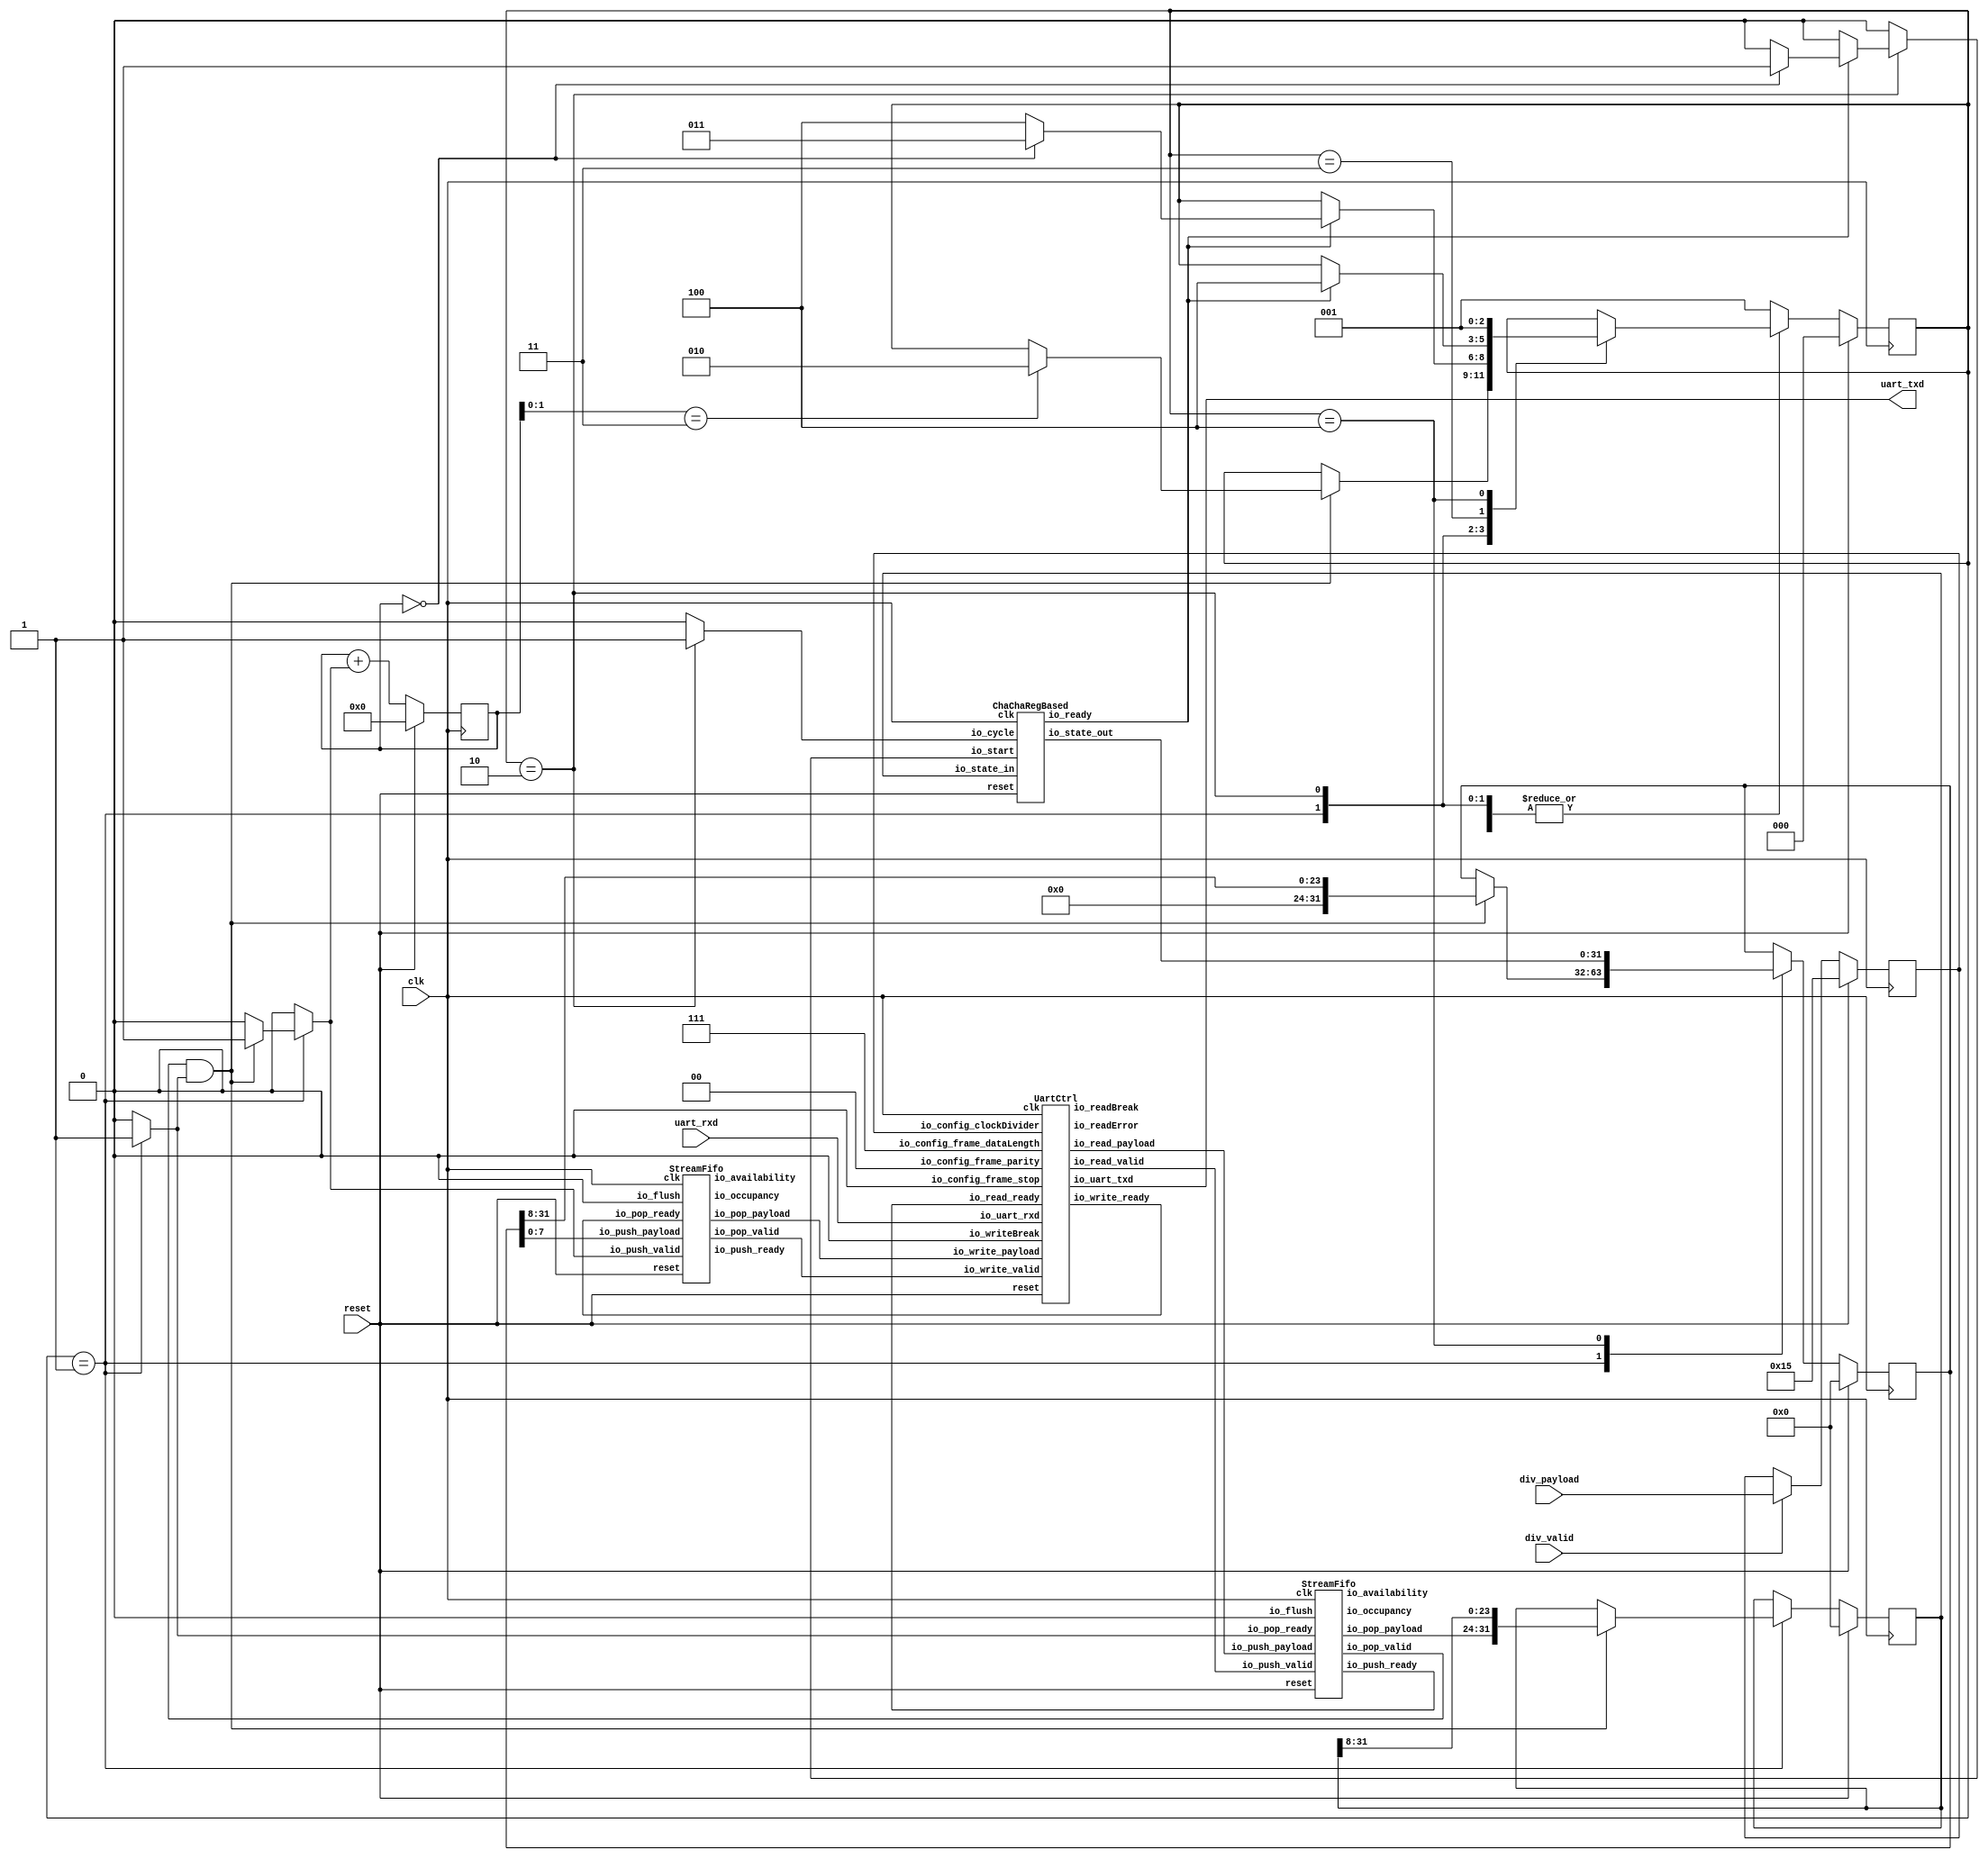
// Generator : SpinalHDL v1.4.3    git head : adf552d8f500e7419fff395b7049228e4bc5de26
// Component : chacha_uart_accel
// Git hash  : 2eef5afe634a7f554a1e7752fb1e4e793ca928e0

`timescale 1ns/1ps 
`define UartStopType_defaultEncoding_type [0:0]
`define UartStopType_defaultEncoding_ONE 1'b0
`define UartStopType_defaultEncoding_TWO 1'b1

`define UartParityType_defaultEncoding_type [1:0]
`define UartParityType_defaultEncoding_NONE 2'b00
`define UartParityType_defaultEncoding_EVEN 2'b01
`define UartParityType_defaultEncoding_ODD 2'b10

`define fsm_enumDefinition_defaultEncoding_type [2:0]
`define fsm_enumDefinition_defaultEncoding_fsm_BOOT 3'b000
`define fsm_enumDefinition_defaultEncoding_fsm_IO 3'b001
`define fsm_enumDefinition_defaultEncoding_fsm_CYCLE 3'b010
`define fsm_enumDefinition_defaultEncoding_fsm_PERMUTE 3'b011
`define fsm_enumDefinition_defaultEncoding_fsm_UPDATE 3'b100

`define fsm_enumDefinition_1_defaultEncoding_type [2:0]
`define fsm_enumDefinition_1_defaultEncoding_fsm_BOOT 3'b000
`define fsm_enumDefinition_1_defaultEncoding_fsm_CYCLE 3'b001
`define fsm_enumDefinition_1_defaultEncoding_fsm_PERMUTE 3'b010
`define fsm_enumDefinition_1_defaultEncoding_fsm_TOODD 3'b011
`define fsm_enumDefinition_1_defaultEncoding_fsm_TOEVEN 3'b100

`define UartCtrlTxState_defaultEncoding_type [2:0]
`define UartCtrlTxState_defaultEncoding_IDLE 3'b000
`define UartCtrlTxState_defaultEncoding_START 3'b001
`define UartCtrlTxState_defaultEncoding_DATA 3'b010
`define UartCtrlTxState_defaultEncoding_PARITY 3'b011
`define UartCtrlTxState_defaultEncoding_STOP 3'b100

`define UartCtrlRxState_defaultEncoding_type [2:0]
`define UartCtrlRxState_defaultEncoding_IDLE 3'b000
`define UartCtrlRxState_defaultEncoding_START 3'b001
`define UartCtrlRxState_defaultEncoding_DATA 3'b010
`define UartCtrlRxState_defaultEncoding_PARITY 3'b011
`define UartCtrlRxState_defaultEncoding_STOP 3'b100


module chacha_uart_accel (
  output              uart_txd,
  input               uart_rxd,
  input               div_valid,
  input      [19:0]   div_payload,
  input               clk,
  input               reset
);
  reg                 _zz_1;
  reg                 _zz_2;
  wire       [2:0]    _zz_3;
  wire       `UartStopType_defaultEncoding_type _zz_4;
  wire       `UartParityType_defaultEncoding_type _zz_5;
  wire                _zz_6;
  reg                 _zz_7;
  wire                _zz_8;
  reg                 _zz_9;
  wire       [7:0]    _zz_10;
  wire                _zz_11;
  wire       [31:0]   accel_io_state_out;
  wire                accel_io_ready;
  wire                uart_io_write_ready;
  wire                uart_io_read_valid;
  wire       [7:0]    uart_io_read_payload;
  wire                uart_io_uart_txd;
  wire                uart_io_readError;
  wire                uart_io_readBreak;
  wire                io_read_fifo_io_push_ready;
  wire                io_read_fifo_io_pop_valid;
  wire       [7:0]    io_read_fifo_io_pop_payload;
  wire       [2:0]    io_read_fifo_io_occupancy;
  wire       [2:0]    io_read_fifo_io_availability;
  wire                outQueue_io_push_ready;
  wire                outQueue_io_pop_valid;
  wire       [7:0]    outQueue_io_pop_payload;
  wire       [2:0]    outQueue_io_occupancy;
  wire       [2:0]    outQueue_io_availability;
  wire                _zz_12;
  wire                _zz_13;
  wire       [0:0]    _zz_14;
  wire       [5:0]    _zz_15;
  wire       [23:0]   _zz_16;
  reg        [31:0]   inreg;
  reg        [31:0]   outreg;
  reg        [19:0]   div_payload_regNextWhen;
  wire                fsm_wantExit;
  reg                 fsm_wantStart;
  reg                 fsm_counter_willIncrement;
  wire                fsm_counter_willClear;
  reg        [5:0]    fsm_counter_valueNext;
  reg        [5:0]    fsm_counter_value;
  wire                fsm_counter_willOverflowIfInc;
  wire                fsm_counter_willOverflow;
  reg        `fsm_enumDefinition_defaultEncoding_type fsm_stateReg;
  reg        `fsm_enumDefinition_defaultEncoding_type fsm_stateNext;
  `ifndef SYNTHESIS
  reg [87:0] fsm_stateReg_string;
  reg [87:0] fsm_stateNext_string;
  `endif


  assign _zz_12 = (fsm_counter_value == 6'h0);
  assign _zz_13 = (io_read_fifo_io_pop_valid && _zz_7);
  assign _zz_14 = fsm_counter_willIncrement;
  assign _zz_15 = {5'd0, _zz_14};
  assign _zz_16 = (outreg >>> 8);
  ChaChaRegBased accel (
    .io_state_in     (inreg[31:0]               ), //i
    .io_state_out    (accel_io_state_out[31:0]  ), //o
    .io_cycle        (_zz_1                     ), //i
    .io_start        (_zz_2                     ), //i
    .io_ready        (accel_io_ready            ), //o
    .clk             (clk                       ), //i
    .reset           (reset                     )  //i
  );
  UartCtrl uart (
    .io_config_frame_dataLength    (_zz_3[2:0]                     ), //i
    .io_config_frame_stop          (_zz_4                          ), //i
    .io_config_frame_parity        (_zz_5[1:0]                     ), //i
    .io_config_clockDivider        (div_payload_regNextWhen[19:0]  ), //i
    .io_write_valid                (outQueue_io_pop_valid          ), //i
    .io_write_ready                (uart_io_write_ready            ), //o
    .io_write_payload              (outQueue_io_pop_payload[7:0]   ), //i
    .io_read_valid                 (uart_io_read_valid             ), //o
    .io_read_ready                 (io_read_fifo_io_push_ready     ), //i
    .io_read_payload               (uart_io_read_payload[7:0]      ), //o
    .io_uart_txd                   (uart_io_uart_txd               ), //o
    .io_uart_rxd                   (uart_rxd                       ), //i
    .io_readError                  (uart_io_readError              ), //o
    .io_writeBreak                 (_zz_6                          ), //i
    .io_readBreak                  (uart_io_readBreak              ), //o
    .clk                           (clk                            ), //i
    .reset                         (reset                          )  //i
  );
  StreamFifo io_read_fifo (
    .io_push_valid      (uart_io_read_valid                 ), //i
    .io_push_ready      (io_read_fifo_io_push_ready         ), //o
    .io_push_payload    (uart_io_read_payload[7:0]          ), //i
    .io_pop_valid       (io_read_fifo_io_pop_valid          ), //o
    .io_pop_ready       (_zz_7                              ), //i
    .io_pop_payload     (io_read_fifo_io_pop_payload[7:0]   ), //o
    .io_flush           (_zz_8                              ), //i
    .io_occupancy       (io_read_fifo_io_occupancy[2:0]     ), //o
    .io_availability    (io_read_fifo_io_availability[2:0]  ), //o
    .clk                (clk                                ), //i
    .reset              (reset                              )  //i
  );
  StreamFifo outQueue (
    .io_push_valid      (_zz_9                          ), //i
    .io_push_ready      (outQueue_io_push_ready         ), //o
    .io_push_payload    (_zz_10[7:0]                    ), //i
    .io_pop_valid       (outQueue_io_pop_valid          ), //o
    .io_pop_ready       (uart_io_write_ready            ), //i
    .io_pop_payload     (outQueue_io_pop_payload[7:0]   ), //o
    .io_flush           (_zz_11                         ), //i
    .io_occupancy       (outQueue_io_occupancy[2:0]     ), //o
    .io_availability    (outQueue_io_availability[2:0]  ), //o
    .clk                (clk                            ), //i
    .reset              (reset                          )  //i
  );
  `ifndef SYNTHESIS
  always @(*) begin
    case(fsm_stateReg)
      `fsm_enumDefinition_defaultEncoding_fsm_BOOT : fsm_stateReg_string = "fsm_BOOT   ";
      `fsm_enumDefinition_defaultEncoding_fsm_IO : fsm_stateReg_string = "fsm_IO     ";
      `fsm_enumDefinition_defaultEncoding_fsm_CYCLE : fsm_stateReg_string = "fsm_CYCLE  ";
      `fsm_enumDefinition_defaultEncoding_fsm_PERMUTE : fsm_stateReg_string = "fsm_PERMUTE";
      `fsm_enumDefinition_defaultEncoding_fsm_UPDATE : fsm_stateReg_string = "fsm_UPDATE ";
      default : fsm_stateReg_string = "???????????";
    endcase
  end
  always @(*) begin
    case(fsm_stateNext)
      `fsm_enumDefinition_defaultEncoding_fsm_BOOT : fsm_stateNext_string = "fsm_BOOT   ";
      `fsm_enumDefinition_defaultEncoding_fsm_IO : fsm_stateNext_string = "fsm_IO     ";
      `fsm_enumDefinition_defaultEncoding_fsm_CYCLE : fsm_stateNext_string = "fsm_CYCLE  ";
      `fsm_enumDefinition_defaultEncoding_fsm_PERMUTE : fsm_stateNext_string = "fsm_PERMUTE";
      `fsm_enumDefinition_defaultEncoding_fsm_UPDATE : fsm_stateNext_string = "fsm_UPDATE ";
      default : fsm_stateNext_string = "???????????";
    endcase
  end
  `endif

  always @ (*) begin
    _zz_1 = 1'b0;
    case(fsm_stateReg)
      `fsm_enumDefinition_defaultEncoding_fsm_IO : begin
      end
      `fsm_enumDefinition_defaultEncoding_fsm_CYCLE : begin
        _zz_1 = 1'b1;
      end
      `fsm_enumDefinition_defaultEncoding_fsm_PERMUTE : begin
      end
      `fsm_enumDefinition_defaultEncoding_fsm_UPDATE : begin
      end
      default : begin
      end
    endcase
  end

  always @ (*) begin
    _zz_2 = 1'b0;
    case(fsm_stateReg)
      `fsm_enumDefinition_defaultEncoding_fsm_IO : begin
      end
      `fsm_enumDefinition_defaultEncoding_fsm_CYCLE : begin
        if(accel_io_ready)begin
          if(_zz_12)begin
            _zz_2 = 1'b1;
          end
        end
      end
      `fsm_enumDefinition_defaultEncoding_fsm_PERMUTE : begin
      end
      `fsm_enumDefinition_defaultEncoding_fsm_UPDATE : begin
      end
      default : begin
      end
    endcase
  end

  assign uart_txd = uart_io_uart_txd;
  assign _zz_3 = 3'b111;
  assign _zz_4 = `UartStopType_defaultEncoding_ONE;
  assign _zz_5 = `UartParityType_defaultEncoding_NONE;
  assign _zz_6 = 1'b0;
  always @ (*) begin
    _zz_9 = 1'b0;
    case(fsm_stateReg)
      `fsm_enumDefinition_defaultEncoding_fsm_IO : begin
        if(_zz_13)begin
          _zz_9 = 1'b1;
        end
      end
      `fsm_enumDefinition_defaultEncoding_fsm_CYCLE : begin
      end
      `fsm_enumDefinition_defaultEncoding_fsm_PERMUTE : begin
      end
      `fsm_enumDefinition_defaultEncoding_fsm_UPDATE : begin
      end
      default : begin
      end
    endcase
  end

  assign _zz_10 = outreg[7 : 0];
  always @ (*) begin
    _zz_7 = 1'b0;
    case(fsm_stateReg)
      `fsm_enumDefinition_defaultEncoding_fsm_IO : begin
        _zz_7 = 1'b1;
      end
      `fsm_enumDefinition_defaultEncoding_fsm_CYCLE : begin
      end
      `fsm_enumDefinition_defaultEncoding_fsm_PERMUTE : begin
      end
      `fsm_enumDefinition_defaultEncoding_fsm_UPDATE : begin
      end
      default : begin
      end
    endcase
  end

  assign fsm_wantExit = 1'b0;
  always @ (*) begin
    fsm_wantStart = 1'b0;
    case(fsm_stateReg)
      `fsm_enumDefinition_defaultEncoding_fsm_IO : begin
      end
      `fsm_enumDefinition_defaultEncoding_fsm_CYCLE : begin
      end
      `fsm_enumDefinition_defaultEncoding_fsm_PERMUTE : begin
      end
      `fsm_enumDefinition_defaultEncoding_fsm_UPDATE : begin
      end
      default : begin
        fsm_wantStart = 1'b1;
      end
    endcase
  end

  always @ (*) begin
    fsm_counter_willIncrement = 1'b0;
    case(fsm_stateReg)
      `fsm_enumDefinition_defaultEncoding_fsm_IO : begin
        if(_zz_13)begin
          fsm_counter_willIncrement = 1'b1;
        end
      end
      `fsm_enumDefinition_defaultEncoding_fsm_CYCLE : begin
      end
      `fsm_enumDefinition_defaultEncoding_fsm_PERMUTE : begin
      end
      `fsm_enumDefinition_defaultEncoding_fsm_UPDATE : begin
      end
      default : begin
      end
    endcase
  end

  assign fsm_counter_willClear = 1'b0;
  assign fsm_counter_willOverflowIfInc = (fsm_counter_value == 6'h3f);
  assign fsm_counter_willOverflow = (fsm_counter_willOverflowIfInc && fsm_counter_willIncrement);
  always @ (*) begin
    fsm_counter_valueNext = (fsm_counter_value + _zz_15);
    if(fsm_counter_willClear)begin
      fsm_counter_valueNext = 6'h0;
    end
  end

  always @ (*) begin
    fsm_stateNext = fsm_stateReg;
    case(fsm_stateReg)
      `fsm_enumDefinition_defaultEncoding_fsm_IO : begin
        if(_zz_13)begin
          if((fsm_counter_value[1 : 0] == 2'b11))begin
            fsm_stateNext = `fsm_enumDefinition_defaultEncoding_fsm_CYCLE;
          end
        end
      end
      `fsm_enumDefinition_defaultEncoding_fsm_CYCLE : begin
        if(accel_io_ready)begin
          if(_zz_12)begin
            fsm_stateNext = `fsm_enumDefinition_defaultEncoding_fsm_PERMUTE;
          end else begin
            fsm_stateNext = `fsm_enumDefinition_defaultEncoding_fsm_UPDATE;
          end
        end
      end
      `fsm_enumDefinition_defaultEncoding_fsm_PERMUTE : begin
        if(accel_io_ready)begin
          fsm_stateNext = `fsm_enumDefinition_defaultEncoding_fsm_UPDATE;
        end
      end
      `fsm_enumDefinition_defaultEncoding_fsm_UPDATE : begin
        fsm_stateNext = `fsm_enumDefinition_defaultEncoding_fsm_IO;
      end
      default : begin
      end
    endcase
    if(fsm_wantStart)begin
      fsm_stateNext = `fsm_enumDefinition_defaultEncoding_fsm_IO;
    end
  end

  assign _zz_8 = 1'b0;
  assign _zz_11 = 1'b0;
  always @ (posedge clk) begin
    if(reset) begin
      inreg <= 32'h0;
      outreg <= 32'h0;
      div_payload_regNextWhen <= 20'h00015;
      fsm_counter_value <= 6'h0;
      fsm_stateReg <= `fsm_enumDefinition_defaultEncoding_fsm_BOOT;
    end else begin
      if(div_valid)begin
        div_payload_regNextWhen <= div_payload;
      end
      fsm_counter_value <= fsm_counter_valueNext;
      fsm_stateReg <= fsm_stateNext;
      case(fsm_stateReg)
        `fsm_enumDefinition_defaultEncoding_fsm_IO : begin
          if(_zz_13)begin
            inreg <= {io_read_fifo_io_pop_payload,inreg[31 : 8]};
            outreg <= {8'd0, _zz_16};
          end
        end
        `fsm_enumDefinition_defaultEncoding_fsm_CYCLE : begin
        end
        `fsm_enumDefinition_defaultEncoding_fsm_PERMUTE : begin
        end
        `fsm_enumDefinition_defaultEncoding_fsm_UPDATE : begin
          outreg <= accel_io_state_out;
        end
        default : begin
        end
      endcase
    end
  end


  initial begin
    $dumpfile("chacha_uart_accel.fst");
    $dumpvars(0, chacha_uart_accel);
  end

endmodule

//StreamFifo replaced by StreamFifo

module StreamFifo (
  input               io_push_valid,
  output              io_push_ready,
  input      [7:0]    io_push_payload,
  output              io_pop_valid,
  input               io_pop_ready,
  output     [7:0]    io_pop_payload,
  input               io_flush,
  output     [2:0]    io_occupancy,
  output     [2:0]    io_availability,
  input               clk,
  input               reset
);
  reg        [7:0]    _zz_3;
  wire       [0:0]    _zz_4;
  wire       [1:0]    _zz_5;
  wire       [0:0]    _zz_6;
  wire       [1:0]    _zz_7;
  wire       [1:0]    _zz_8;
  wire                _zz_9;
  reg                 _zz_1;
  reg                 logic_pushPtr_willIncrement;
  reg                 logic_pushPtr_willClear;
  reg        [1:0]    logic_pushPtr_valueNext;
  reg        [1:0]    logic_pushPtr_value;
  wire                logic_pushPtr_willOverflowIfInc;
  wire                logic_pushPtr_willOverflow;
  reg                 logic_popPtr_willIncrement;
  reg                 logic_popPtr_willClear;
  reg        [1:0]    logic_popPtr_valueNext;
  reg        [1:0]    logic_popPtr_value;
  wire                logic_popPtr_willOverflowIfInc;
  wire                logic_popPtr_willOverflow;
  wire                logic_ptrMatch;
  reg                 logic_risingOccupancy;
  wire                logic_pushing;
  wire                logic_popping;
  wire                logic_empty;
  wire                logic_full;
  reg                 _zz_2;
  wire       [1:0]    logic_ptrDif;
  reg [7:0] logic_ram [0:3];

  assign _zz_4 = logic_pushPtr_willIncrement;
  assign _zz_5 = {1'd0, _zz_4};
  assign _zz_6 = logic_popPtr_willIncrement;
  assign _zz_7 = {1'd0, _zz_6};
  assign _zz_8 = (logic_popPtr_value - logic_pushPtr_value);
  assign _zz_9 = 1'b1;
  always @ (posedge clk) begin
    if(_zz_9) begin
      _zz_3 <= logic_ram[logic_popPtr_valueNext];
    end
  end

  always @ (posedge clk) begin
    if(_zz_1) begin
      logic_ram[logic_pushPtr_value] <= io_push_payload;
    end
  end

  always @ (*) begin
    _zz_1 = 1'b0;
    if(logic_pushing)begin
      _zz_1 = 1'b1;
    end
  end

  always @ (*) begin
    logic_pushPtr_willIncrement = 1'b0;
    if(logic_pushing)begin
      logic_pushPtr_willIncrement = 1'b1;
    end
  end

  always @ (*) begin
    logic_pushPtr_willClear = 1'b0;
    if(io_flush)begin
      logic_pushPtr_willClear = 1'b1;
    end
  end

  assign logic_pushPtr_willOverflowIfInc = (logic_pushPtr_value == 2'b11);
  assign logic_pushPtr_willOverflow = (logic_pushPtr_willOverflowIfInc && logic_pushPtr_willIncrement);
  always @ (*) begin
    logic_pushPtr_valueNext = (logic_pushPtr_value + _zz_5);
    if(logic_pushPtr_willClear)begin
      logic_pushPtr_valueNext = 2'b00;
    end
  end

  always @ (*) begin
    logic_popPtr_willIncrement = 1'b0;
    if(logic_popping)begin
      logic_popPtr_willIncrement = 1'b1;
    end
  end

  always @ (*) begin
    logic_popPtr_willClear = 1'b0;
    if(io_flush)begin
      logic_popPtr_willClear = 1'b1;
    end
  end

  assign logic_popPtr_willOverflowIfInc = (logic_popPtr_value == 2'b11);
  assign logic_popPtr_willOverflow = (logic_popPtr_willOverflowIfInc && logic_popPtr_willIncrement);
  always @ (*) begin
    logic_popPtr_valueNext = (logic_popPtr_value + _zz_7);
    if(logic_popPtr_willClear)begin
      logic_popPtr_valueNext = 2'b00;
    end
  end

  assign logic_ptrMatch = (logic_pushPtr_value == logic_popPtr_value);
  assign logic_pushing = (io_push_valid && io_push_ready);
  assign logic_popping = (io_pop_valid && io_pop_ready);
  assign logic_empty = (logic_ptrMatch && (! logic_risingOccupancy));
  assign logic_full = (logic_ptrMatch && logic_risingOccupancy);
  assign io_push_ready = (! logic_full);
  assign io_pop_valid = ((! logic_empty) && (! (_zz_2 && (! logic_full))));
  assign io_pop_payload = _zz_3;
  assign logic_ptrDif = (logic_pushPtr_value - logic_popPtr_value);
  assign io_occupancy = {(logic_risingOccupancy && logic_ptrMatch),logic_ptrDif};
  assign io_availability = {((! logic_risingOccupancy) && logic_ptrMatch),_zz_8};
  always @ (posedge clk) begin
    if(reset) begin
      logic_pushPtr_value <= 2'b00;
      logic_popPtr_value <= 2'b00;
      logic_risingOccupancy <= 1'b0;
      _zz_2 <= 1'b0;
    end else begin
      logic_pushPtr_value <= logic_pushPtr_valueNext;
      logic_popPtr_value <= logic_popPtr_valueNext;
      _zz_2 <= (logic_popPtr_valueNext == logic_pushPtr_value);
      if((logic_pushing != logic_popping))begin
        logic_risingOccupancy <= logic_pushing;
      end
      if(io_flush)begin
        logic_risingOccupancy <= 1'b0;
      end
    end
  end


endmodule

module UartCtrl (
  input      [2:0]    io_config_frame_dataLength,
  input      `UartStopType_defaultEncoding_type io_config_frame_stop,
  input      `UartParityType_defaultEncoding_type io_config_frame_parity,
  input      [19:0]   io_config_clockDivider,
  input               io_write_valid,
  output reg          io_write_ready,
  input      [7:0]    io_write_payload,
  output              io_read_valid,
  input               io_read_ready,
  output     [7:0]    io_read_payload,
  output              io_uart_txd,
  input               io_uart_rxd,
  output              io_readError,
  input               io_writeBreak,
  output              io_readBreak,
  input               clk,
  input               reset
);
  wire                _zz_1;
  wire                tx_io_write_ready;
  wire                tx_io_txd;
  wire                rx_io_read_valid;
  wire       [7:0]    rx_io_read_payload;
  wire                rx_io_rts;
  wire                rx_io_error;
  wire                rx_io_break;
  reg        [19:0]   clockDivider_counter;
  wire                clockDivider_tick;
  reg                 io_write_thrown_valid;
  wire                io_write_thrown_ready;
  wire       [7:0]    io_write_thrown_payload;
  `ifndef SYNTHESIS
  reg [23:0] io_config_frame_stop_string;
  reg [31:0] io_config_frame_parity_string;
  `endif


  UartCtrlTx tx (
    .io_configFrame_dataLength    (io_config_frame_dataLength[2:0]  ), //i
    .io_configFrame_stop          (io_config_frame_stop             ), //i
    .io_configFrame_parity        (io_config_frame_parity[1:0]      ), //i
    .io_samplingTick              (clockDivider_tick                ), //i
    .io_write_valid               (io_write_thrown_valid            ), //i
    .io_write_ready               (tx_io_write_ready                ), //o
    .io_write_payload             (io_write_thrown_payload[7:0]     ), //i
    .io_cts                       (_zz_1                            ), //i
    .io_txd                       (tx_io_txd                        ), //o
    .io_break                     (io_writeBreak                    ), //i
    .clk                          (clk                              ), //i
    .reset                        (reset                            )  //i
  );
  UartCtrlRx rx (
    .io_configFrame_dataLength    (io_config_frame_dataLength[2:0]  ), //i
    .io_configFrame_stop          (io_config_frame_stop             ), //i
    .io_configFrame_parity        (io_config_frame_parity[1:0]      ), //i
    .io_samplingTick              (clockDivider_tick                ), //i
    .io_read_valid                (rx_io_read_valid                 ), //o
    .io_read_ready                (io_read_ready                    ), //i
    .io_read_payload              (rx_io_read_payload[7:0]          ), //o
    .io_rxd                       (io_uart_rxd                      ), //i
    .io_rts                       (rx_io_rts                        ), //o
    .io_error                     (rx_io_error                      ), //o
    .io_break                     (rx_io_break                      ), //o
    .clk                          (clk                              ), //i
    .reset                        (reset                            )  //i
  );
  `ifndef SYNTHESIS
  always @(*) begin
    case(io_config_frame_stop)
      `UartStopType_defaultEncoding_ONE : io_config_frame_stop_string = "ONE";
      `UartStopType_defaultEncoding_TWO : io_config_frame_stop_string = "TWO";
      default : io_config_frame_stop_string = "???";
    endcase
  end
  always @(*) begin
    case(io_config_frame_parity)
      `UartParityType_defaultEncoding_NONE : io_config_frame_parity_string = "NONE";
      `UartParityType_defaultEncoding_EVEN : io_config_frame_parity_string = "EVEN";
      `UartParityType_defaultEncoding_ODD : io_config_frame_parity_string = "ODD ";
      default : io_config_frame_parity_string = "????";
    endcase
  end
  `endif

  assign clockDivider_tick = (clockDivider_counter == 20'h0);
  always @ (*) begin
    io_write_thrown_valid = io_write_valid;
    if(rx_io_break)begin
      io_write_thrown_valid = 1'b0;
    end
  end

  always @ (*) begin
    io_write_ready = io_write_thrown_ready;
    if(rx_io_break)begin
      io_write_ready = 1'b1;
    end
  end

  assign io_write_thrown_payload = io_write_payload;
  assign io_write_thrown_ready = tx_io_write_ready;
  assign io_read_valid = rx_io_read_valid;
  assign io_read_payload = rx_io_read_payload;
  assign io_uart_txd = tx_io_txd;
  assign io_readError = rx_io_error;
  assign _zz_1 = 1'b0;
  assign io_readBreak = rx_io_break;
  always @ (posedge clk) begin
    if(reset) begin
      clockDivider_counter <= 20'h0;
    end else begin
      clockDivider_counter <= (clockDivider_counter - 20'h00001);
      if(clockDivider_tick)begin
        clockDivider_counter <= io_config_clockDivider;
      end
    end
  end


endmodule

module ChaChaRegBased (
  input      [31:0]   io_state_in,
  output     [31:0]   io_state_out,
  input               io_cycle,
  input               io_start,
  output reg          io_ready,
  input               clk,
  input               reset
);
  wire       [0:0]    _zz_3;
  wire       [8:0]    _zz_4;
  reg        [31:0]   state_0;
  reg        [31:0]   state_1;
  reg        [31:0]   state_2;
  reg        [31:0]   state_3;
  reg        [31:0]   state_4;
  reg        [31:0]   state_5;
  reg        [31:0]   state_6;
  reg        [31:0]   state_7;
  reg        [31:0]   state_8;
  reg        [31:0]   state_9;
  reg        [31:0]   state_10;
  reg        [31:0]   state_11;
  reg        [31:0]   state_12;
  reg        [31:0]   state_13;
  reg        [31:0]   state_14;
  reg        [31:0]   state_15;
  reg        [31:0]   nextState_0;
  reg        [31:0]   nextState_1;
  reg        [31:0]   nextState_2;
  reg        [31:0]   nextState_3;
  reg        [31:0]   nextState_4;
  reg        [31:0]   nextState_5;
  reg        [31:0]   nextState_6;
  reg        [31:0]   nextState_7;
  reg        [31:0]   nextState_8;
  reg        [31:0]   nextState_9;
  reg        [31:0]   nextState_10;
  reg        [31:0]   nextState_11;
  reg        [31:0]   nextState_12;
  reg        [31:0]   nextState_13;
  reg        [31:0]   nextState_14;
  reg        [31:0]   nextState_15;
  reg                 counter_willIncrement;
  wire                counter_willClear;
  reg        [8:0]    counter_valueNext;
  reg        [8:0]    counter_value;
  wire                counter_willOverflowIfInc;
  wire                counter_willOverflow;
  wire       [31:0]   permutation_a;
  wire       [31:0]   permutation_b;
  wire       [31:0]   permutation_c;
  wire       [31:0]   permutation_d;
  wire       [1:0]    permutation_rot;
  wire       [31:0]   permutation_na;
  wire       [31:0]   permutation_nb;
  wire       [31:0]   permutation_nc;
  wire       [31:0]   permutation_nd;
  wire       [31:0]   _zz_1;
  reg        [31:0]   _zz_2;
  wire       [1:0]    qRound;
  wire       [4:0]    round;
  wire                odd;
  wire       [3:0]    permuteCnt;
  wire       [3:0]    lastPermute;
  wire                fsm_wantExit;
  reg                 fsm_wantStart;
  reg        `fsm_enumDefinition_1_defaultEncoding_type fsm_stateReg;
  reg        `fsm_enumDefinition_1_defaultEncoding_type fsm_stateNext;
  `ifndef SYNTHESIS
  reg [87:0] fsm_stateReg_string;
  reg [87:0] fsm_stateNext_string;
  `endif


  assign _zz_3 = counter_willIncrement;
  assign _zz_4 = {8'd0, _zz_3};
  `ifndef SYNTHESIS
  always @(*) begin
    case(fsm_stateReg)
      `fsm_enumDefinition_1_defaultEncoding_fsm_BOOT : fsm_stateReg_string = "fsm_BOOT   ";
      `fsm_enumDefinition_1_defaultEncoding_fsm_CYCLE : fsm_stateReg_string = "fsm_CYCLE  ";
      `fsm_enumDefinition_1_defaultEncoding_fsm_PERMUTE : fsm_stateReg_string = "fsm_PERMUTE";
      `fsm_enumDefinition_1_defaultEncoding_fsm_TOODD : fsm_stateReg_string = "fsm_TOODD  ";
      `fsm_enumDefinition_1_defaultEncoding_fsm_TOEVEN : fsm_stateReg_string = "fsm_TOEVEN ";
      default : fsm_stateReg_string = "???????????";
    endcase
  end
  always @(*) begin
    case(fsm_stateNext)
      `fsm_enumDefinition_1_defaultEncoding_fsm_BOOT : fsm_stateNext_string = "fsm_BOOT   ";
      `fsm_enumDefinition_1_defaultEncoding_fsm_CYCLE : fsm_stateNext_string = "fsm_CYCLE  ";
      `fsm_enumDefinition_1_defaultEncoding_fsm_PERMUTE : fsm_stateNext_string = "fsm_PERMUTE";
      `fsm_enumDefinition_1_defaultEncoding_fsm_TOODD : fsm_stateNext_string = "fsm_TOODD  ";
      `fsm_enumDefinition_1_defaultEncoding_fsm_TOEVEN : fsm_stateNext_string = "fsm_TOEVEN ";
      default : fsm_stateNext_string = "???????????";
    endcase
  end
  `endif

  always @ (*) begin
    nextState_0 = state_0;
    case(fsm_stateReg)
      `fsm_enumDefinition_1_defaultEncoding_fsm_CYCLE : begin
        if(io_cycle)begin
          nextState_0 = state_1;
        end
      end
      `fsm_enumDefinition_1_defaultEncoding_fsm_PERMUTE : begin
        nextState_0 = state_1;
      end
      `fsm_enumDefinition_1_defaultEncoding_fsm_TOODD : begin
      end
      `fsm_enumDefinition_1_defaultEncoding_fsm_TOEVEN : begin
      end
      default : begin
      end
    endcase
  end

  always @ (*) begin
    nextState_1 = state_1;
    case(fsm_stateReg)
      `fsm_enumDefinition_1_defaultEncoding_fsm_CYCLE : begin
        if(io_cycle)begin
          nextState_1 = state_2;
        end
      end
      `fsm_enumDefinition_1_defaultEncoding_fsm_PERMUTE : begin
        nextState_1 = state_2;
      end
      `fsm_enumDefinition_1_defaultEncoding_fsm_TOODD : begin
      end
      `fsm_enumDefinition_1_defaultEncoding_fsm_TOEVEN : begin
      end
      default : begin
      end
    endcase
  end

  always @ (*) begin
    nextState_2 = state_2;
    case(fsm_stateReg)
      `fsm_enumDefinition_1_defaultEncoding_fsm_CYCLE : begin
        if(io_cycle)begin
          nextState_2 = state_3;
        end
      end
      `fsm_enumDefinition_1_defaultEncoding_fsm_PERMUTE : begin
        nextState_2 = state_3;
      end
      `fsm_enumDefinition_1_defaultEncoding_fsm_TOODD : begin
      end
      `fsm_enumDefinition_1_defaultEncoding_fsm_TOEVEN : begin
      end
      default : begin
      end
    endcase
  end

  always @ (*) begin
    nextState_3 = state_3;
    case(fsm_stateReg)
      `fsm_enumDefinition_1_defaultEncoding_fsm_CYCLE : begin
        if(io_cycle)begin
          nextState_3 = state_4;
        end
      end
      `fsm_enumDefinition_1_defaultEncoding_fsm_PERMUTE : begin
        nextState_3 = permutation_na;
      end
      `fsm_enumDefinition_1_defaultEncoding_fsm_TOODD : begin
      end
      `fsm_enumDefinition_1_defaultEncoding_fsm_TOEVEN : begin
      end
      default : begin
      end
    endcase
  end

  always @ (*) begin
    nextState_4 = state_4;
    case(fsm_stateReg)
      `fsm_enumDefinition_1_defaultEncoding_fsm_CYCLE : begin
        if(io_cycle)begin
          nextState_4 = state_5;
        end
      end
      `fsm_enumDefinition_1_defaultEncoding_fsm_PERMUTE : begin
        nextState_4 = state_5;
      end
      `fsm_enumDefinition_1_defaultEncoding_fsm_TOODD : begin
        nextState_4 = state_5;
      end
      `fsm_enumDefinition_1_defaultEncoding_fsm_TOEVEN : begin
        nextState_4 = state_7;
      end
      default : begin
      end
    endcase
  end

  always @ (*) begin
    nextState_5 = state_5;
    case(fsm_stateReg)
      `fsm_enumDefinition_1_defaultEncoding_fsm_CYCLE : begin
        if(io_cycle)begin
          nextState_5 = state_6;
        end
      end
      `fsm_enumDefinition_1_defaultEncoding_fsm_PERMUTE : begin
        nextState_5 = state_6;
      end
      `fsm_enumDefinition_1_defaultEncoding_fsm_TOODD : begin
        nextState_5 = state_6;
      end
      `fsm_enumDefinition_1_defaultEncoding_fsm_TOEVEN : begin
        nextState_5 = state_4;
      end
      default : begin
      end
    endcase
  end

  always @ (*) begin
    nextState_6 = state_6;
    case(fsm_stateReg)
      `fsm_enumDefinition_1_defaultEncoding_fsm_CYCLE : begin
        if(io_cycle)begin
          nextState_6 = state_7;
        end
      end
      `fsm_enumDefinition_1_defaultEncoding_fsm_PERMUTE : begin
        nextState_6 = state_7;
      end
      `fsm_enumDefinition_1_defaultEncoding_fsm_TOODD : begin
        nextState_6 = state_7;
      end
      `fsm_enumDefinition_1_defaultEncoding_fsm_TOEVEN : begin
        nextState_6 = state_5;
      end
      default : begin
      end
    endcase
  end

  always @ (*) begin
    nextState_7 = state_7;
    case(fsm_stateReg)
      `fsm_enumDefinition_1_defaultEncoding_fsm_CYCLE : begin
        if(io_cycle)begin
          nextState_7 = state_8;
        end
      end
      `fsm_enumDefinition_1_defaultEncoding_fsm_PERMUTE : begin
        nextState_7 = permutation_nb;
      end
      `fsm_enumDefinition_1_defaultEncoding_fsm_TOODD : begin
        nextState_7 = state_4;
      end
      `fsm_enumDefinition_1_defaultEncoding_fsm_TOEVEN : begin
        nextState_7 = state_6;
      end
      default : begin
      end
    endcase
  end

  always @ (*) begin
    nextState_8 = state_8;
    case(fsm_stateReg)
      `fsm_enumDefinition_1_defaultEncoding_fsm_CYCLE : begin
        if(io_cycle)begin
          nextState_8 = state_9;
        end
      end
      `fsm_enumDefinition_1_defaultEncoding_fsm_PERMUTE : begin
        nextState_8 = state_9;
      end
      `fsm_enumDefinition_1_defaultEncoding_fsm_TOODD : begin
        nextState_8 = state_10;
      end
      `fsm_enumDefinition_1_defaultEncoding_fsm_TOEVEN : begin
        nextState_8 = state_10;
      end
      default : begin
      end
    endcase
  end

  always @ (*) begin
    nextState_9 = state_9;
    case(fsm_stateReg)
      `fsm_enumDefinition_1_defaultEncoding_fsm_CYCLE : begin
        if(io_cycle)begin
          nextState_9 = state_10;
        end
      end
      `fsm_enumDefinition_1_defaultEncoding_fsm_PERMUTE : begin
        nextState_9 = state_10;
      end
      `fsm_enumDefinition_1_defaultEncoding_fsm_TOODD : begin
        nextState_9 = state_11;
      end
      `fsm_enumDefinition_1_defaultEncoding_fsm_TOEVEN : begin
        nextState_9 = state_11;
      end
      default : begin
      end
    endcase
  end

  always @ (*) begin
    nextState_10 = state_10;
    case(fsm_stateReg)
      `fsm_enumDefinition_1_defaultEncoding_fsm_CYCLE : begin
        if(io_cycle)begin
          nextState_10 = state_11;
        end
      end
      `fsm_enumDefinition_1_defaultEncoding_fsm_PERMUTE : begin
        nextState_10 = state_11;
      end
      `fsm_enumDefinition_1_defaultEncoding_fsm_TOODD : begin
        nextState_10 = state_8;
      end
      `fsm_enumDefinition_1_defaultEncoding_fsm_TOEVEN : begin
        nextState_10 = state_8;
      end
      default : begin
      end
    endcase
  end

  always @ (*) begin
    nextState_11 = state_11;
    case(fsm_stateReg)
      `fsm_enumDefinition_1_defaultEncoding_fsm_CYCLE : begin
        if(io_cycle)begin
          nextState_11 = state_12;
        end
      end
      `fsm_enumDefinition_1_defaultEncoding_fsm_PERMUTE : begin
        nextState_11 = permutation_nc;
      end
      `fsm_enumDefinition_1_defaultEncoding_fsm_TOODD : begin
        nextState_11 = state_9;
      end
      `fsm_enumDefinition_1_defaultEncoding_fsm_TOEVEN : begin
        nextState_11 = state_9;
      end
      default : begin
      end
    endcase
  end

  always @ (*) begin
    nextState_12 = state_12;
    case(fsm_stateReg)
      `fsm_enumDefinition_1_defaultEncoding_fsm_CYCLE : begin
        if(io_cycle)begin
          nextState_12 = state_13;
        end
      end
      `fsm_enumDefinition_1_defaultEncoding_fsm_PERMUTE : begin
        nextState_12 = state_13;
      end
      `fsm_enumDefinition_1_defaultEncoding_fsm_TOODD : begin
        nextState_12 = state_15;
      end
      `fsm_enumDefinition_1_defaultEncoding_fsm_TOEVEN : begin
        nextState_12 = state_13;
      end
      default : begin
      end
    endcase
  end

  always @ (*) begin
    nextState_13 = state_13;
    case(fsm_stateReg)
      `fsm_enumDefinition_1_defaultEncoding_fsm_CYCLE : begin
        if(io_cycle)begin
          nextState_13 = state_14;
        end
      end
      `fsm_enumDefinition_1_defaultEncoding_fsm_PERMUTE : begin
        nextState_13 = state_14;
      end
      `fsm_enumDefinition_1_defaultEncoding_fsm_TOODD : begin
        nextState_13 = state_12;
      end
      `fsm_enumDefinition_1_defaultEncoding_fsm_TOEVEN : begin
        nextState_13 = state_14;
      end
      default : begin
      end
    endcase
  end

  always @ (*) begin
    nextState_14 = state_14;
    case(fsm_stateReg)
      `fsm_enumDefinition_1_defaultEncoding_fsm_CYCLE : begin
        if(io_cycle)begin
          nextState_14 = state_15;
        end
      end
      `fsm_enumDefinition_1_defaultEncoding_fsm_PERMUTE : begin
        nextState_14 = state_15;
      end
      `fsm_enumDefinition_1_defaultEncoding_fsm_TOODD : begin
        nextState_14 = state_13;
      end
      `fsm_enumDefinition_1_defaultEncoding_fsm_TOEVEN : begin
        nextState_14 = state_15;
      end
      default : begin
      end
    endcase
  end

  always @ (*) begin
    nextState_15 = state_15;
    case(fsm_stateReg)
      `fsm_enumDefinition_1_defaultEncoding_fsm_CYCLE : begin
        if(io_cycle)begin
          nextState_15 = io_state_in;
        end
      end
      `fsm_enumDefinition_1_defaultEncoding_fsm_PERMUTE : begin
        nextState_15 = permutation_nd;
      end
      `fsm_enumDefinition_1_defaultEncoding_fsm_TOODD : begin
        nextState_15 = state_14;
      end
      `fsm_enumDefinition_1_defaultEncoding_fsm_TOEVEN : begin
        nextState_15 = state_12;
      end
      default : begin
      end
    endcase
  end

  always @ (*) begin
    counter_willIncrement = 1'b0;
    case(fsm_stateReg)
      `fsm_enumDefinition_1_defaultEncoding_fsm_CYCLE : begin
      end
      `fsm_enumDefinition_1_defaultEncoding_fsm_PERMUTE : begin
        counter_willIncrement = 1'b1;
      end
      `fsm_enumDefinition_1_defaultEncoding_fsm_TOODD : begin
      end
      `fsm_enumDefinition_1_defaultEncoding_fsm_TOEVEN : begin
      end
      default : begin
      end
    endcase
  end

  assign counter_willClear = 1'b0;
  assign counter_willOverflowIfInc = (counter_value == 9'h13f);
  assign counter_willOverflow = (counter_willOverflowIfInc && counter_willIncrement);
  always @ (*) begin
    if(counter_willOverflow)begin
      counter_valueNext = 9'h0;
    end else begin
      counter_valueNext = (counter_value + _zz_4);
    end
    if(counter_willClear)begin
      counter_valueNext = 9'h0;
    end
  end

  assign permutation_nc = (permutation_a + permutation_b);
  assign permutation_nd = permutation_b;
  assign permutation_na = permutation_c;
  assign _zz_1 = (permutation_nc ^ permutation_d);
  always @ (*) begin
    case(permutation_rot)
      2'b00 : begin
        _zz_2 = {_zz_1[15 : 0],_zz_1[31 : 16]};
      end
      2'b01 : begin
        _zz_2 = {_zz_1[19 : 0],_zz_1[31 : 20]};
      end
      2'b10 : begin
        _zz_2 = {_zz_1[23 : 0],_zz_1[31 : 24]};
      end
      default : begin
        _zz_2 = {_zz_1[24 : 0],_zz_1[31 : 25]};
      end
    endcase
  end

  assign permutation_nb = _zz_2;
  assign permutation_a = state_0;
  assign permutation_b = state_4;
  assign permutation_c = state_8;
  assign permutation_d = state_12;
  assign permutation_rot = counter_value[3 : 2];
  assign qRound = counter_value[1 : 0];
  assign round = counter_value[8 : 4];
  assign odd = round[0];
  assign permuteCnt = counter_value[3 : 0];
  assign lastPermute = 4'b1111;
  assign io_state_out = state_0;
  always @ (*) begin
    io_ready = 1'b0;
    case(fsm_stateReg)
      `fsm_enumDefinition_1_defaultEncoding_fsm_CYCLE : begin
        io_ready = 1'b1;
      end
      `fsm_enumDefinition_1_defaultEncoding_fsm_PERMUTE : begin
      end
      `fsm_enumDefinition_1_defaultEncoding_fsm_TOODD : begin
      end
      `fsm_enumDefinition_1_defaultEncoding_fsm_TOEVEN : begin
      end
      default : begin
      end
    endcase
  end

  assign fsm_wantExit = 1'b0;
  always @ (*) begin
    fsm_wantStart = 1'b0;
    case(fsm_stateReg)
      `fsm_enumDefinition_1_defaultEncoding_fsm_CYCLE : begin
      end
      `fsm_enumDefinition_1_defaultEncoding_fsm_PERMUTE : begin
      end
      `fsm_enumDefinition_1_defaultEncoding_fsm_TOODD : begin
      end
      `fsm_enumDefinition_1_defaultEncoding_fsm_TOEVEN : begin
      end
      default : begin
        fsm_wantStart = 1'b1;
      end
    endcase
  end

  always @ (*) begin
    fsm_stateNext = fsm_stateReg;
    case(fsm_stateReg)
      `fsm_enumDefinition_1_defaultEncoding_fsm_CYCLE : begin
        if(io_start)begin
          fsm_stateNext = `fsm_enumDefinition_1_defaultEncoding_fsm_PERMUTE;
        end
      end
      `fsm_enumDefinition_1_defaultEncoding_fsm_PERMUTE : begin
        if((permuteCnt == lastPermute))begin
          if(odd)begin
            fsm_stateNext = `fsm_enumDefinition_1_defaultEncoding_fsm_TOEVEN;
          end else begin
            fsm_stateNext = `fsm_enumDefinition_1_defaultEncoding_fsm_TOODD;
          end
        end
      end
      `fsm_enumDefinition_1_defaultEncoding_fsm_TOODD : begin
        fsm_stateNext = `fsm_enumDefinition_1_defaultEncoding_fsm_PERMUTE;
      end
      `fsm_enumDefinition_1_defaultEncoding_fsm_TOEVEN : begin
        if((counter_value == 9'h0))begin
          fsm_stateNext = `fsm_enumDefinition_1_defaultEncoding_fsm_CYCLE;
        end else begin
          fsm_stateNext = `fsm_enumDefinition_1_defaultEncoding_fsm_PERMUTE;
        end
      end
      default : begin
      end
    endcase
    if(fsm_wantStart)begin
      fsm_stateNext = `fsm_enumDefinition_1_defaultEncoding_fsm_CYCLE;
    end
  end

  always @ (posedge clk) begin
    if(reset) begin
      state_0 <= 32'h0;
      state_1 <= 32'h0;
      state_2 <= 32'h0;
      state_3 <= 32'h0;
      state_4 <= 32'h0;
      state_5 <= 32'h0;
      state_6 <= 32'h0;
      state_7 <= 32'h0;
      state_8 <= 32'h0;
      state_9 <= 32'h0;
      state_10 <= 32'h0;
      state_11 <= 32'h0;
      state_12 <= 32'h0;
      state_13 <= 32'h0;
      state_14 <= 32'h0;
      state_15 <= 32'h0;
      counter_value <= 9'h0;
      fsm_stateReg <= `fsm_enumDefinition_1_defaultEncoding_fsm_BOOT;
    end else begin
      state_0 <= nextState_0;
      state_1 <= nextState_1;
      state_2 <= nextState_2;
      state_3 <= nextState_3;
      state_4 <= nextState_4;
      state_5 <= nextState_5;
      state_6 <= nextState_6;
      state_7 <= nextState_7;
      state_8 <= nextState_8;
      state_9 <= nextState_9;
      state_10 <= nextState_10;
      state_11 <= nextState_11;
      state_12 <= nextState_12;
      state_13 <= nextState_13;
      state_14 <= nextState_14;
      state_15 <= nextState_15;
      counter_value <= counter_valueNext;
      fsm_stateReg <= fsm_stateNext;
    end
  end


endmodule

module UartCtrlRx (
  input      [2:0]    io_configFrame_dataLength,
  input      `UartStopType_defaultEncoding_type io_configFrame_stop,
  input      `UartParityType_defaultEncoding_type io_configFrame_parity,
  input               io_samplingTick,
  output              io_read_valid,
  input               io_read_ready,
  output     [7:0]    io_read_payload,
  input               io_rxd,
  output              io_rts,
  output reg          io_error,
  output              io_break,
  input               clk,
  input               reset
);
  wire                io_rxd_buffercc_io_dataOut;
  wire                _zz_2;
  wire                _zz_3;
  wire                _zz_4;
  wire                _zz_5;
  wire       [0:0]    _zz_6;
  wire       [2:0]    _zz_7;
  wire                _zz_8;
  wire                _zz_9;
  wire                _zz_10;
  wire                _zz_11;
  wire                _zz_12;
  wire                _zz_13;
  wire                _zz_14;
  reg                 _zz_1;
  wire                sampler_synchroniser;
  wire                sampler_samples_0;
  reg                 sampler_samples_1;
  reg                 sampler_samples_2;
  reg                 sampler_samples_3;
  reg                 sampler_samples_4;
  reg                 sampler_value;
  reg                 sampler_tick;
  reg        [2:0]    bitTimer_counter;
  reg                 bitTimer_tick;
  reg        [2:0]    bitCounter_value;
  reg        [6:0]    break_counter;
  wire                break_valid;
  reg        `UartCtrlRxState_defaultEncoding_type stateMachine_state;
  reg                 stateMachine_parity;
  reg        [7:0]    stateMachine_shifter;
  reg                 stateMachine_validReg;
  `ifndef SYNTHESIS
  reg [23:0] io_configFrame_stop_string;
  reg [31:0] io_configFrame_parity_string;
  reg [47:0] stateMachine_state_string;
  `endif


  assign _zz_2 = (stateMachine_parity == sampler_value);
  assign _zz_3 = (! sampler_value);
  assign _zz_4 = ((sampler_tick && (! sampler_value)) && (! break_valid));
  assign _zz_5 = (bitCounter_value == io_configFrame_dataLength);
  assign _zz_6 = ((io_configFrame_stop == `UartStopType_defaultEncoding_ONE) ? 1'b0 : 1'b1);
  assign _zz_7 = {2'd0, _zz_6};
  assign _zz_8 = ((((1'b0 || ((_zz_13 && sampler_samples_1) && sampler_samples_2)) || (((_zz_14 && sampler_samples_0) && sampler_samples_1) && sampler_samples_3)) || (((1'b1 && sampler_samples_0) && sampler_samples_2) && sampler_samples_3)) || (((1'b1 && sampler_samples_1) && sampler_samples_2) && sampler_samples_3));
  assign _zz_9 = (((1'b1 && sampler_samples_0) && sampler_samples_1) && sampler_samples_4);
  assign _zz_10 = ((1'b1 && sampler_samples_0) && sampler_samples_2);
  assign _zz_11 = (1'b1 && sampler_samples_1);
  assign _zz_12 = 1'b1;
  assign _zz_13 = (1'b1 && sampler_samples_0);
  assign _zz_14 = 1'b1;
  BufferCC io_rxd_buffercc (
    .io_dataIn     (io_rxd                      ), //i
    .io_dataOut    (io_rxd_buffercc_io_dataOut  ), //o
    .clk           (clk                         ), //i
    .reset         (reset                       )  //i
  );
  `ifndef SYNTHESIS
  always @(*) begin
    case(io_configFrame_stop)
      `UartStopType_defaultEncoding_ONE : io_configFrame_stop_string = "ONE";
      `UartStopType_defaultEncoding_TWO : io_configFrame_stop_string = "TWO";
      default : io_configFrame_stop_string = "???";
    endcase
  end
  always @(*) begin
    case(io_configFrame_parity)
      `UartParityType_defaultEncoding_NONE : io_configFrame_parity_string = "NONE";
      `UartParityType_defaultEncoding_EVEN : io_configFrame_parity_string = "EVEN";
      `UartParityType_defaultEncoding_ODD : io_configFrame_parity_string = "ODD ";
      default : io_configFrame_parity_string = "????";
    endcase
  end
  always @(*) begin
    case(stateMachine_state)
      `UartCtrlRxState_defaultEncoding_IDLE : stateMachine_state_string = "IDLE  ";
      `UartCtrlRxState_defaultEncoding_START : stateMachine_state_string = "START ";
      `UartCtrlRxState_defaultEncoding_DATA : stateMachine_state_string = "DATA  ";
      `UartCtrlRxState_defaultEncoding_PARITY : stateMachine_state_string = "PARITY";
      `UartCtrlRxState_defaultEncoding_STOP : stateMachine_state_string = "STOP  ";
      default : stateMachine_state_string = "??????";
    endcase
  end
  `endif

  always @ (*) begin
    io_error = 1'b0;
    case(stateMachine_state)
      `UartCtrlRxState_defaultEncoding_IDLE : begin
      end
      `UartCtrlRxState_defaultEncoding_START : begin
      end
      `UartCtrlRxState_defaultEncoding_DATA : begin
      end
      `UartCtrlRxState_defaultEncoding_PARITY : begin
        if(bitTimer_tick)begin
          if(! _zz_2) begin
            io_error = 1'b1;
          end
        end
      end
      default : begin
        if(bitTimer_tick)begin
          if(_zz_3)begin
            io_error = 1'b1;
          end
        end
      end
    endcase
  end

  assign io_rts = _zz_1;
  assign sampler_synchroniser = io_rxd_buffercc_io_dataOut;
  assign sampler_samples_0 = sampler_synchroniser;
  always @ (*) begin
    bitTimer_tick = 1'b0;
    if(sampler_tick)begin
      if((bitTimer_counter == 3'b000))begin
        bitTimer_tick = 1'b1;
      end
    end
  end

  assign break_valid = (break_counter == 7'h68);
  assign io_break = break_valid;
  assign io_read_valid = stateMachine_validReg;
  assign io_read_payload = stateMachine_shifter;
  always @ (posedge clk) begin
    if(reset) begin
      _zz_1 <= 1'b0;
      sampler_samples_1 <= 1'b1;
      sampler_samples_2 <= 1'b1;
      sampler_samples_3 <= 1'b1;
      sampler_samples_4 <= 1'b1;
      sampler_value <= 1'b1;
      sampler_tick <= 1'b0;
      break_counter <= 7'h0;
      stateMachine_state <= `UartCtrlRxState_defaultEncoding_IDLE;
      stateMachine_validReg <= 1'b0;
    end else begin
      _zz_1 <= (! io_read_ready);
      if(io_samplingTick)begin
        sampler_samples_1 <= sampler_samples_0;
      end
      if(io_samplingTick)begin
        sampler_samples_2 <= sampler_samples_1;
      end
      if(io_samplingTick)begin
        sampler_samples_3 <= sampler_samples_2;
      end
      if(io_samplingTick)begin
        sampler_samples_4 <= sampler_samples_3;
      end
      sampler_value <= ((((((_zz_8 || _zz_9) || (_zz_10 && sampler_samples_4)) || ((_zz_11 && sampler_samples_2) && sampler_samples_4)) || (((_zz_12 && sampler_samples_0) && sampler_samples_3) && sampler_samples_4)) || (((1'b1 && sampler_samples_1) && sampler_samples_3) && sampler_samples_4)) || (((1'b1 && sampler_samples_2) && sampler_samples_3) && sampler_samples_4));
      sampler_tick <= io_samplingTick;
      if(sampler_value)begin
        break_counter <= 7'h0;
      end else begin
        if((io_samplingTick && (! break_valid)))begin
          break_counter <= (break_counter + 7'h01);
        end
      end
      stateMachine_validReg <= 1'b0;
      case(stateMachine_state)
        `UartCtrlRxState_defaultEncoding_IDLE : begin
          if(_zz_4)begin
            stateMachine_state <= `UartCtrlRxState_defaultEncoding_START;
          end
        end
        `UartCtrlRxState_defaultEncoding_START : begin
          if(bitTimer_tick)begin
            stateMachine_state <= `UartCtrlRxState_defaultEncoding_DATA;
            if((sampler_value == 1'b1))begin
              stateMachine_state <= `UartCtrlRxState_defaultEncoding_IDLE;
            end
          end
        end
        `UartCtrlRxState_defaultEncoding_DATA : begin
          if(bitTimer_tick)begin
            if(_zz_5)begin
              if((io_configFrame_parity == `UartParityType_defaultEncoding_NONE))begin
                stateMachine_state <= `UartCtrlRxState_defaultEncoding_STOP;
                stateMachine_validReg <= 1'b1;
              end else begin
                stateMachine_state <= `UartCtrlRxState_defaultEncoding_PARITY;
              end
            end
          end
        end
        `UartCtrlRxState_defaultEncoding_PARITY : begin
          if(bitTimer_tick)begin
            if(_zz_2)begin
              stateMachine_state <= `UartCtrlRxState_defaultEncoding_STOP;
              stateMachine_validReg <= 1'b1;
            end else begin
              stateMachine_state <= `UartCtrlRxState_defaultEncoding_IDLE;
            end
          end
        end
        default : begin
          if(bitTimer_tick)begin
            if(_zz_3)begin
              stateMachine_state <= `UartCtrlRxState_defaultEncoding_IDLE;
            end else begin
              if((bitCounter_value == _zz_7))begin
                stateMachine_state <= `UartCtrlRxState_defaultEncoding_IDLE;
              end
            end
          end
        end
      endcase
    end
  end

  always @ (posedge clk) begin
    if(sampler_tick)begin
      bitTimer_counter <= (bitTimer_counter - 3'b001);
    end
    if(bitTimer_tick)begin
      bitCounter_value <= (bitCounter_value + 3'b001);
    end
    if(bitTimer_tick)begin
      stateMachine_parity <= (stateMachine_parity ^ sampler_value);
    end
    case(stateMachine_state)
      `UartCtrlRxState_defaultEncoding_IDLE : begin
        if(_zz_4)begin
          bitTimer_counter <= 3'b010;
        end
      end
      `UartCtrlRxState_defaultEncoding_START : begin
        if(bitTimer_tick)begin
          bitCounter_value <= 3'b000;
          stateMachine_parity <= (io_configFrame_parity == `UartParityType_defaultEncoding_ODD);
        end
      end
      `UartCtrlRxState_defaultEncoding_DATA : begin
        if(bitTimer_tick)begin
          stateMachine_shifter[bitCounter_value] <= sampler_value;
          if(_zz_5)begin
            bitCounter_value <= 3'b000;
          end
        end
      end
      `UartCtrlRxState_defaultEncoding_PARITY : begin
        if(bitTimer_tick)begin
          bitCounter_value <= 3'b000;
        end
      end
      default : begin
      end
    endcase
  end


endmodule

module UartCtrlTx (
  input      [2:0]    io_configFrame_dataLength,
  input      `UartStopType_defaultEncoding_type io_configFrame_stop,
  input      `UartParityType_defaultEncoding_type io_configFrame_parity,
  input               io_samplingTick,
  input               io_write_valid,
  output reg          io_write_ready,
  input      [7:0]    io_write_payload,
  input               io_cts,
  output              io_txd,
  input               io_break,
  input               clk,
  input               reset
);
  wire                _zz_2;
  wire       [0:0]    _zz_3;
  wire       [2:0]    _zz_4;
  wire       [0:0]    _zz_5;
  wire       [2:0]    _zz_6;
  reg                 clockDivider_counter_willIncrement;
  wire                clockDivider_counter_willClear;
  reg        [2:0]    clockDivider_counter_valueNext;
  reg        [2:0]    clockDivider_counter_value;
  wire                clockDivider_counter_willOverflowIfInc;
  wire                clockDivider_counter_willOverflow;
  reg        [2:0]    tickCounter_value;
  reg        `UartCtrlTxState_defaultEncoding_type stateMachine_state;
  reg                 stateMachine_parity;
  reg                 stateMachine_txd;
  reg                 _zz_1;
  `ifndef SYNTHESIS
  reg [23:0] io_configFrame_stop_string;
  reg [31:0] io_configFrame_parity_string;
  reg [47:0] stateMachine_state_string;
  `endif


  assign _zz_2 = (tickCounter_value == io_configFrame_dataLength);
  assign _zz_3 = clockDivider_counter_willIncrement;
  assign _zz_4 = {2'd0, _zz_3};
  assign _zz_5 = ((io_configFrame_stop == `UartStopType_defaultEncoding_ONE) ? 1'b0 : 1'b1);
  assign _zz_6 = {2'd0, _zz_5};
  `ifndef SYNTHESIS
  always @(*) begin
    case(io_configFrame_stop)
      `UartStopType_defaultEncoding_ONE : io_configFrame_stop_string = "ONE";
      `UartStopType_defaultEncoding_TWO : io_configFrame_stop_string = "TWO";
      default : io_configFrame_stop_string = "???";
    endcase
  end
  always @(*) begin
    case(io_configFrame_parity)
      `UartParityType_defaultEncoding_NONE : io_configFrame_parity_string = "NONE";
      `UartParityType_defaultEncoding_EVEN : io_configFrame_parity_string = "EVEN";
      `UartParityType_defaultEncoding_ODD : io_configFrame_parity_string = "ODD ";
      default : io_configFrame_parity_string = "????";
    endcase
  end
  always @(*) begin
    case(stateMachine_state)
      `UartCtrlTxState_defaultEncoding_IDLE : stateMachine_state_string = "IDLE  ";
      `UartCtrlTxState_defaultEncoding_START : stateMachine_state_string = "START ";
      `UartCtrlTxState_defaultEncoding_DATA : stateMachine_state_string = "DATA  ";
      `UartCtrlTxState_defaultEncoding_PARITY : stateMachine_state_string = "PARITY";
      `UartCtrlTxState_defaultEncoding_STOP : stateMachine_state_string = "STOP  ";
      default : stateMachine_state_string = "??????";
    endcase
  end
  `endif

  always @ (*) begin
    clockDivider_counter_willIncrement = 1'b0;
    if(io_samplingTick)begin
      clockDivider_counter_willIncrement = 1'b1;
    end
  end

  assign clockDivider_counter_willClear = 1'b0;
  assign clockDivider_counter_willOverflowIfInc = (clockDivider_counter_value == 3'b111);
  assign clockDivider_counter_willOverflow = (clockDivider_counter_willOverflowIfInc && clockDivider_counter_willIncrement);
  always @ (*) begin
    clockDivider_counter_valueNext = (clockDivider_counter_value + _zz_4);
    if(clockDivider_counter_willClear)begin
      clockDivider_counter_valueNext = 3'b000;
    end
  end

  always @ (*) begin
    stateMachine_txd = 1'b1;
    case(stateMachine_state)
      `UartCtrlTxState_defaultEncoding_IDLE : begin
      end
      `UartCtrlTxState_defaultEncoding_START : begin
        stateMachine_txd = 1'b0;
      end
      `UartCtrlTxState_defaultEncoding_DATA : begin
        stateMachine_txd = io_write_payload[tickCounter_value];
      end
      `UartCtrlTxState_defaultEncoding_PARITY : begin
        stateMachine_txd = stateMachine_parity;
      end
      default : begin
      end
    endcase
  end

  always @ (*) begin
    io_write_ready = io_break;
    case(stateMachine_state)
      `UartCtrlTxState_defaultEncoding_IDLE : begin
      end
      `UartCtrlTxState_defaultEncoding_START : begin
      end
      `UartCtrlTxState_defaultEncoding_DATA : begin
        if(clockDivider_counter_willOverflow)begin
          if(_zz_2)begin
            io_write_ready = 1'b1;
          end
        end
      end
      `UartCtrlTxState_defaultEncoding_PARITY : begin
      end
      default : begin
      end
    endcase
  end

  assign io_txd = _zz_1;
  always @ (posedge clk) begin
    if(reset) begin
      clockDivider_counter_value <= 3'b000;
      stateMachine_state <= `UartCtrlTxState_defaultEncoding_IDLE;
      _zz_1 <= 1'b1;
    end else begin
      clockDivider_counter_value <= clockDivider_counter_valueNext;
      case(stateMachine_state)
        `UartCtrlTxState_defaultEncoding_IDLE : begin
          if(((io_write_valid && (! io_cts)) && clockDivider_counter_willOverflow))begin
            stateMachine_state <= `UartCtrlTxState_defaultEncoding_START;
          end
        end
        `UartCtrlTxState_defaultEncoding_START : begin
          if(clockDivider_counter_willOverflow)begin
            stateMachine_state <= `UartCtrlTxState_defaultEncoding_DATA;
          end
        end
        `UartCtrlTxState_defaultEncoding_DATA : begin
          if(clockDivider_counter_willOverflow)begin
            if(_zz_2)begin
              if((io_configFrame_parity == `UartParityType_defaultEncoding_NONE))begin
                stateMachine_state <= `UartCtrlTxState_defaultEncoding_STOP;
              end else begin
                stateMachine_state <= `UartCtrlTxState_defaultEncoding_PARITY;
              end
            end
          end
        end
        `UartCtrlTxState_defaultEncoding_PARITY : begin
          if(clockDivider_counter_willOverflow)begin
            stateMachine_state <= `UartCtrlTxState_defaultEncoding_STOP;
          end
        end
        default : begin
          if(clockDivider_counter_willOverflow)begin
            if((tickCounter_value == _zz_6))begin
              stateMachine_state <= (io_write_valid ? `UartCtrlTxState_defaultEncoding_START : `UartCtrlTxState_defaultEncoding_IDLE);
            end
          end
        end
      endcase
      _zz_1 <= (stateMachine_txd && (! io_break));
    end
  end

  always @ (posedge clk) begin
    if(clockDivider_counter_willOverflow)begin
      tickCounter_value <= (tickCounter_value + 3'b001);
    end
    if(clockDivider_counter_willOverflow)begin
      stateMachine_parity <= (stateMachine_parity ^ stateMachine_txd);
    end
    case(stateMachine_state)
      `UartCtrlTxState_defaultEncoding_IDLE : begin
      end
      `UartCtrlTxState_defaultEncoding_START : begin
        if(clockDivider_counter_willOverflow)begin
          stateMachine_parity <= (io_configFrame_parity == `UartParityType_defaultEncoding_ODD);
          tickCounter_value <= 3'b000;
        end
      end
      `UartCtrlTxState_defaultEncoding_DATA : begin
        if(clockDivider_counter_willOverflow)begin
          if(_zz_2)begin
            tickCounter_value <= 3'b000;
          end
        end
      end
      `UartCtrlTxState_defaultEncoding_PARITY : begin
        if(clockDivider_counter_willOverflow)begin
          tickCounter_value <= 3'b000;
        end
      end
      default : begin
      end
    endcase
  end


endmodule

module BufferCC (
  input               io_dataIn,
  output              io_dataOut,
  input               clk,
  input               reset
);
  (* async_reg = "true" *) reg                 buffers_0;
  (* async_reg = "true" *) reg                 buffers_1;

  assign io_dataOut = buffers_1;
  always @ (posedge clk) begin
    if(reset) begin
      buffers_0 <= 1'b0;
      buffers_1 <= 1'b0;
    end else begin
      buffers_0 <= io_dataIn;
      buffers_1 <= buffers_0;
    end
  end


endmodule